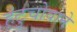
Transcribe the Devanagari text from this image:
हंटुचोवाने